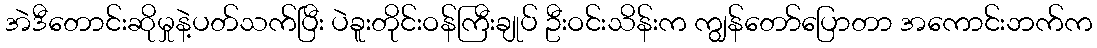
အဲဒီတောင်းဆိုမှုနဲ့ပတ်သက်ပြီး ပဲခူးတိုင်းဝန်ကြီးချုပ် ဦးဝင်းသိန်းက ကျွန်တော်ပြောတာ အကောင်းဘက်က